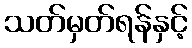
သတ်မှတ်ရန်နှင့်